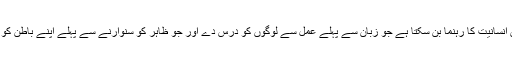
وہی انسان انسانیت کا رہنما بن سکتا ہے جو زبان سے پہلے عمل سے لوگوں کو درس دے اور جو ظاہر کو سنوارنے سے پہلے اپنے باطن کو سنوارلے۔